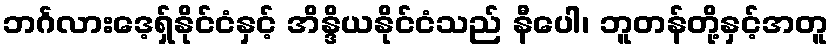
ဘင်္ဂလားဒေ့ရှ်နိုင်ငံနှင့် အိန္ဒိယနိုင်ငံသည် နီပေါ၊ ဘူတန်တို့နှင့်အတူ